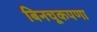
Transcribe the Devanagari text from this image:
बिनचूकपणा